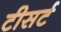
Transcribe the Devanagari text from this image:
टीसर्ट